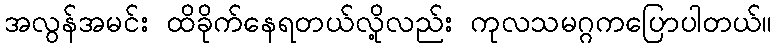
အလွန်အမင်း ထိခိုက်နေရတယ်လို့လည်း ကုလသမဂ္ဂကပြောပါတယ်။